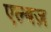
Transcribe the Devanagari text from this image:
एल्बज़